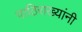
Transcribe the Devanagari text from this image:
पाठिराख्यांनी